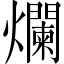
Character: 爛